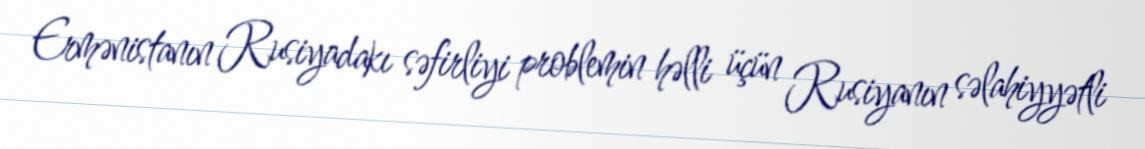
Ermənistanın Rusiyadakı səfirliyi problemin həlli üçün Rusiyanın səlahiyyətli